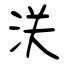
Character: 浂